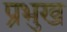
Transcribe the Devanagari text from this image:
प्रभुख